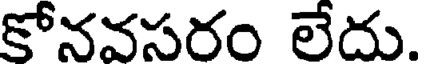
కోనవసరం లేదు.